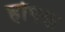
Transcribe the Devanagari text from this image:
होफ्फ़